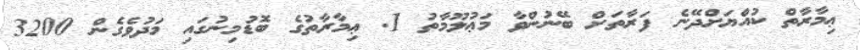
ޢިމާރާތް ކުއްޔަށްދޭނެ ފަރާތަށް ބޭނުންވާ މަޢުލޫމާތު 1. ޢިމާރާތުގެ ބޮޑުމިނުގައި މަދުވެގެން 3200